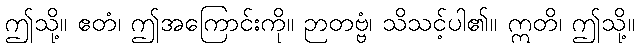
ဤသို့။ ဧတံ၊ ဤအကြောင်းကို။ ဉာတဗ္ဗံ၊ သိသင့်ပါ၏။ ဣတိ၊ ဤသို့။